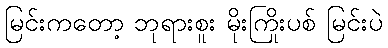
မြင်းကတော့ ဘုရားစူး မိုးကြိုးပစ် မြင်းပဲ